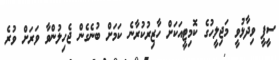
ސީޕީ ވިދާޅުވީ މަޖިލީހުގެ ކޮމިޓީއަކަށް ހާޒިރުކުރާނެ ކަމަށް ބުނެގެން ޖެހިލުންވާ ވަރަށް ވުރެ